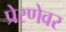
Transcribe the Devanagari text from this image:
प्रेरणेवर